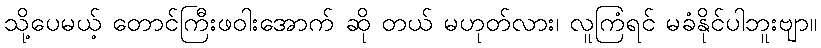
သို့ပေမယ့် တောင်ကြီးဖဝါးအောက် ဆို တယ် မဟုတ်လား၊ လူကြံရင် မခံနိုင်ပါဘူးဗျာ။